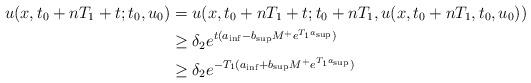
LaTeX: \begin{align*}u(x,t_0+nT_1+t;t_0,u_0)&=u(x,t_0+nT_1+t;t_0+nT_1,u(x,t_0+nT_1,t_0,u_0))\cr&\geq \delta_2 e^{t(a_{\inf} -b_{\sup} M^+e^{T_1a_{\sup}})}\cr&\geq \delta_2 e^{-T_1(a_{\inf} +b_{\sup} M^+e^{T_1a_{\sup}})}\end{align*}